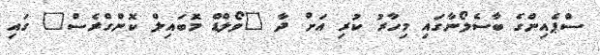
ސްޕެއިންގެ ބާސެލޯނާގައި މިހާރު ކުރި އަށް ދާ "ވޯލްޑް މޮބައިލް ކޮންގްރެސް" ގައި